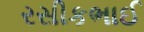
રસીકભાઈ